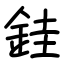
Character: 銈